Madras plague regulations in force outside the Presidency town - Volume 5
Disease focus: Plague
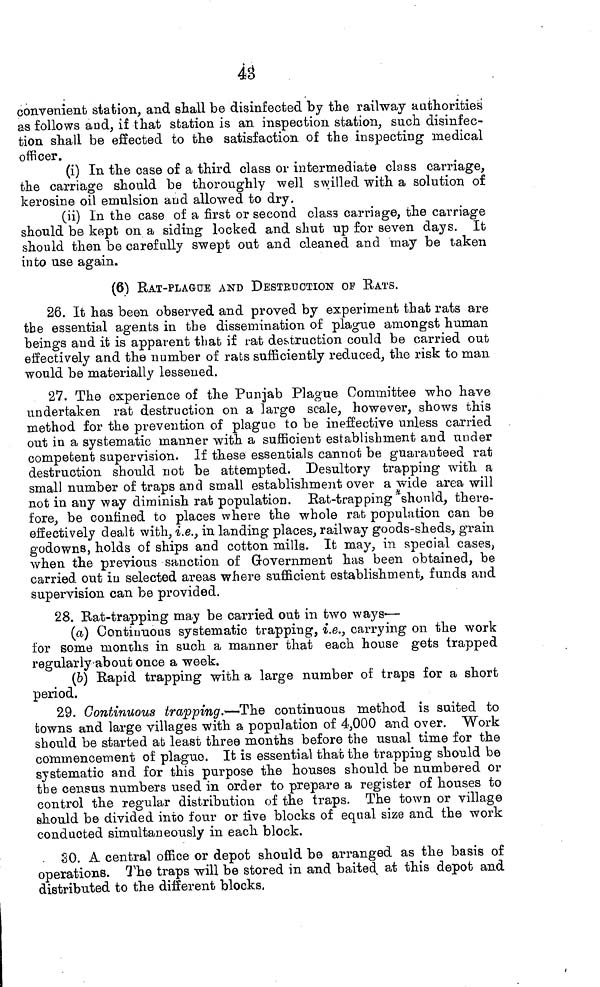
43
convenient station, and shall be disinfected by the railway authorities
as follows and, if that station is an inspection station, such disinfec-
tion shall be effected to the satisfaction of the inspecting medical
officer.
(i) In the case of a third class or intermediate class carriage,
the carriage should be thoroughly well swilled with a solution of
kerosine oil emulsion aud allowed to dry.
(ii) In the case of a first or second class carriage, the carriage
should be kept on a siding locked and shut up for seven days. It
should then be carefully swept out and cleaned and may be taken
into use again.
(6) RAT-PLAGUE AND DESTRUCTION OF BATS.
26. It has been observed and proved by experiment that rats are
tbe essential agents in the dissemination of plague amongst human
beings and it is apparent that if rat destruction could be carried out
effectively and the number of rats sufficiently reduced, the risk to man
would be materially lessened.
27. The experience of the Punjab Plague Committee who have
undertaken rat destruction on a large scale, however, shows this
method for the prevention of plague to be ineffective unless carried
out in a systematic manner with a sufficient establishment and under
compétent supervision. If these essentials cannot be guaranteed rat
destruction should not be attempted. Desultory trapping with a
small number of traps and small establishment over a wide area will
not in any way diminish rat population. Rat-trapping *shonld, there-
fore, be confined to places where the whole rat population can be
effectively dealt with, i.e., in landing places, railway goods-sheds, grain
godowns, holds of ships and cotton mills. It may, in special cases,
when the previous sanction of Government has been obtained, be
carried out in selected areas where sufficient establishment, funds and
supervision can be provided.
28. Bat-trapping may be carried out in two ways-—
(a) Continuous systematic trapping, i.e., carrying 011 the work
for some months in such a manner that each house gets trapped
regularly-about once a week.
(b) Rapid trapping with a large number of traps for a short
period.
29. Continuous trapping.—The continuous method is suited to
towns and large villages with a population of 4,000 and over. Work
should be started at least three months before the usual time for the
commencement of plague. It is essential that the trapping should be
systematic and for this purpose the houses should be numbered or
the census numbers used in order to prepare a register of houses to
control the regular distribution of the traps. The town or village
should be divided into four or tive blocks of equal size and the work
conducted simultaneously in each block.
SO. A central office or depot should be arranged as the basis of
operations. The traps will be stored in and baiteH at this depot and
distributed to the different blocks.